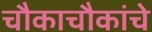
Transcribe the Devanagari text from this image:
चौकाचौकांचे